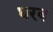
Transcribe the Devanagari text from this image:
धरब